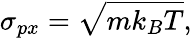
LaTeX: \sigma_{px}=\sqrt{mk_{B}T},